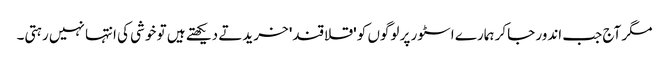
مگر آج جب اندور جاکر ہمارے اسٹور پر لوگوں کو 'قلاقند' خریدتے دیکھتے ہیں تو خوشی کی انتہا نہیں رہتی۔